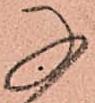
子